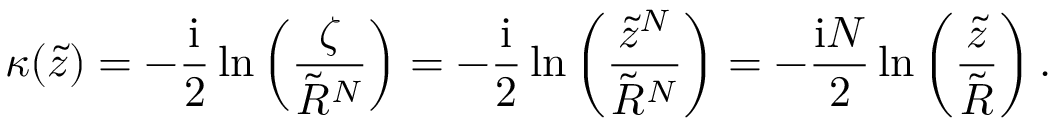
\kappa ( \tilde { z } ) = - \frac { \mathrm { i } } { 2 } \ln \left( \frac { \zeta } { \tilde { R } ^ { N } } \right) = - \frac { \mathrm { i } } { 2 } \ln \left( \frac { \tilde { z } ^ { N } } { \tilde { R } ^ { N } } \right) = - \frac { \mathrm { i } N } { 2 } \ln \left( \frac { \tilde { z } } { \tilde { R } } \right) .